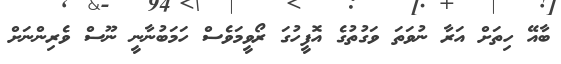
ބާއޭ ހިތަށް އަރާ ނުވަތަ ވަގުތުގެ އޮފީހުގަ ރޯވީމަވެސް ހަމަބުނާނީ ނޫސް ވެރިންނަށް